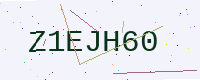
Text: Z1EJH60